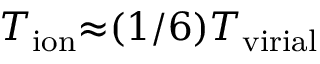
T _ { \mathrm { i o n } } { \approx } ( 1 / 6 ) T _ { \mathrm { v i r i a l } }